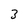
Character: 3